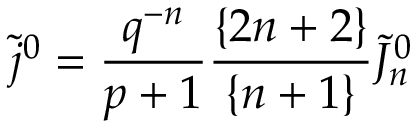
\tilde { j } ^ { 0 } = { \frac { q ^ { - n } } { p + 1 } } { \frac { \{ 2 n + 2 \} } { \{ n + 1 \} } } \tilde { J } _ { n } ^ { 0 }